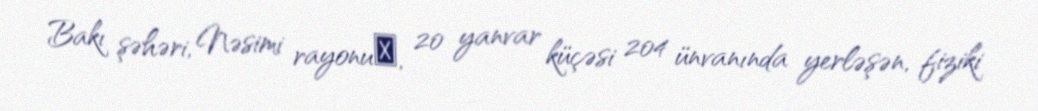
Bakı şəhəri, Nəsimi rayonu‎, 20 yanvar küçəsi 204 ünvanında yerləşən, fiziki